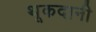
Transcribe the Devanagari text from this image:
थूकदानी